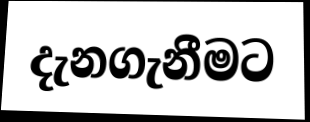
දැනගැනීමට